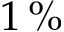
1 \, \%